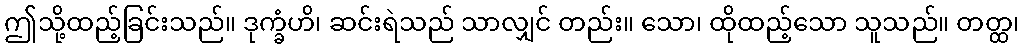
ဤသို့ထည့်ခြင်းသည်။ ဒုက္ခံဟိ၊ ဆင်းရဲသည် သာလျှင် တည်း။ သော၊ ထိုထည့်သော သူသည်။ တတ္ထ၊